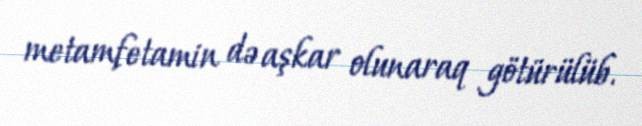
metamfetamin də aşkar olunaraq götürülüb.